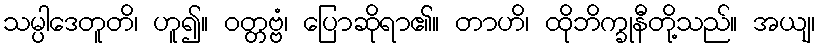
သမ္ပါဒေတူတိ၊ ဟူ၍။ ဝတ္တဗ္ဗံ၊ ပြောဆိုရာ၏။ တာဟိ၊ ထိုဘိက္ခုနီတို့သည်။ အယျ၊